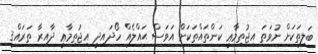
ބަލިތަކަށް ނުވަތަ އިޖުތިމާޢީ ކަންތައްތަކަށް އަވަސް ޙައްލެއް ހޯދައިދީ އިޖުތިމާޢީ ދާއިރާ ތަރައްޤީ